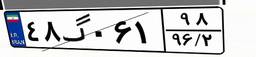
۴۸گ۰۶۱۹۸